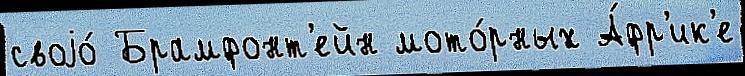
своjо́ Брамфонт'ейн мото́рных А́фр'ик'е